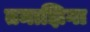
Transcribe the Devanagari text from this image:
तमाझिगा